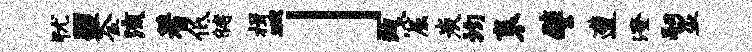
犹盟釜流蓍低储楫皿」疏窟炭均袤譬遭澄嗣盗